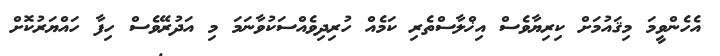
އެހެންވީމަ މިޤައުމަށް ކިރިޔާވެސް އިޚްލާސްތެރި ކަމެއް ހުރިދިވެއްސަކުވާނަމަ މި އަދުރޭވެސް ހިފާ ހައްޔަރުކޮށް